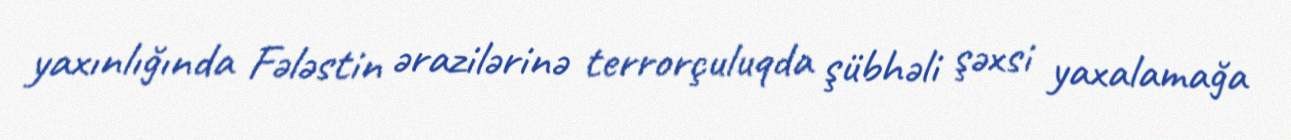
yaxınlığında Fələstin ərazilərinə terrorçuluqda şübhəli şəxsi yaxalamağa